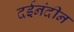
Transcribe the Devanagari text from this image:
दईनंदीन